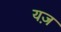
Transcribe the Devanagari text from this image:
यज़